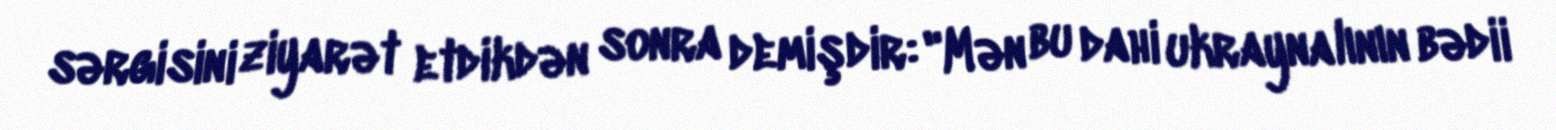
sərgisini ziyarət etdikdən sonra demişdir: "Mən bu dahi ukraynalının bədii